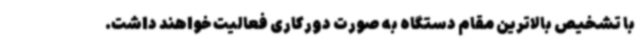
با تشخیص بالاترین مقام دستگاه به صورت دورکاری فعالیت خواهند داشت.